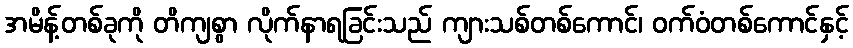
အမိန့်တစ်ခုကို တိကျစွာ လိုက်နာရခြင်းသည် ကျားသစ်တစ်ကောင်၊ ဝက်ဝံတစ်ကောင်နှင့်